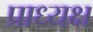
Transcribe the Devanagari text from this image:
प्राध्यक्ष